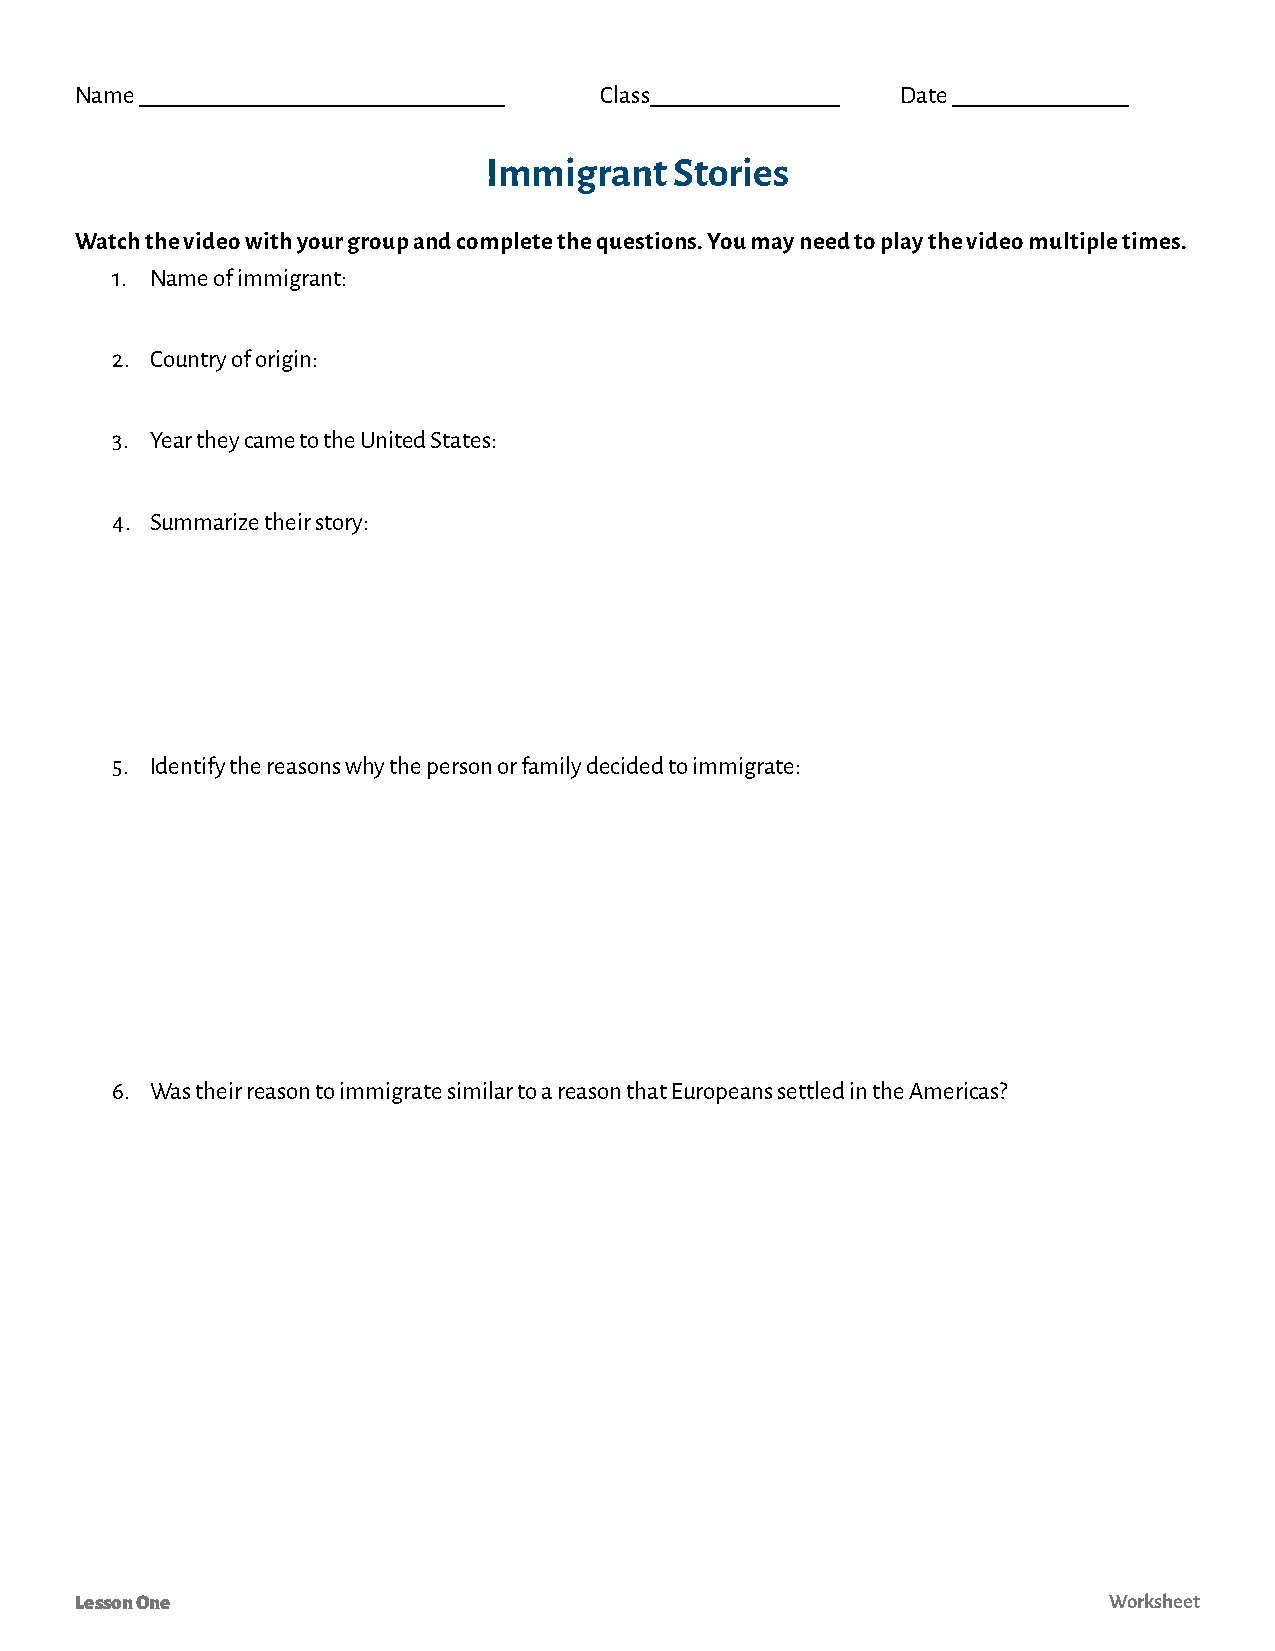
Name _______________________________ Class________________ Date _______________
 Immigrant    Stories
 Watch the video with your group and complete the questions. You may need to play the video multiple times.
 1. Name of immigrant:
 2. Country of origin:
 3. Year they came to the United States:
 4. Summarize their story:
 5. Identify the reasons why the person or family decided to immigrate:
 6. Was their reason to immigrate similar to a reason that Europeans settled in the Americas?
 Lesson One                                                          Worksheet